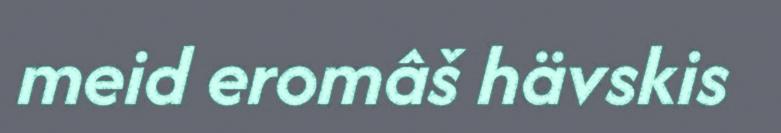
meid eromâš hävskis